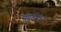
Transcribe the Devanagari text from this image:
मुस्टीक